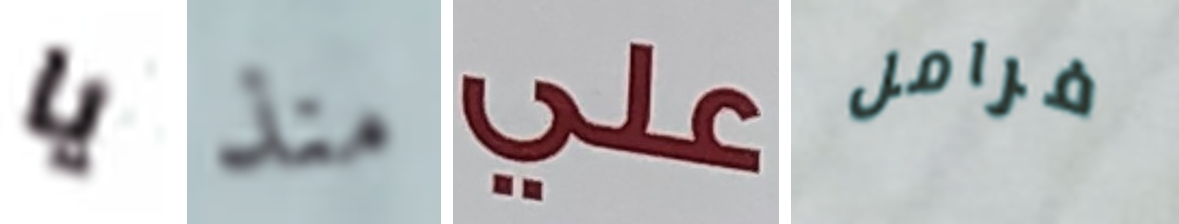
يا منذ علي فرامل